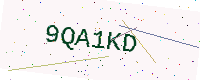
Text: 9QA1KD